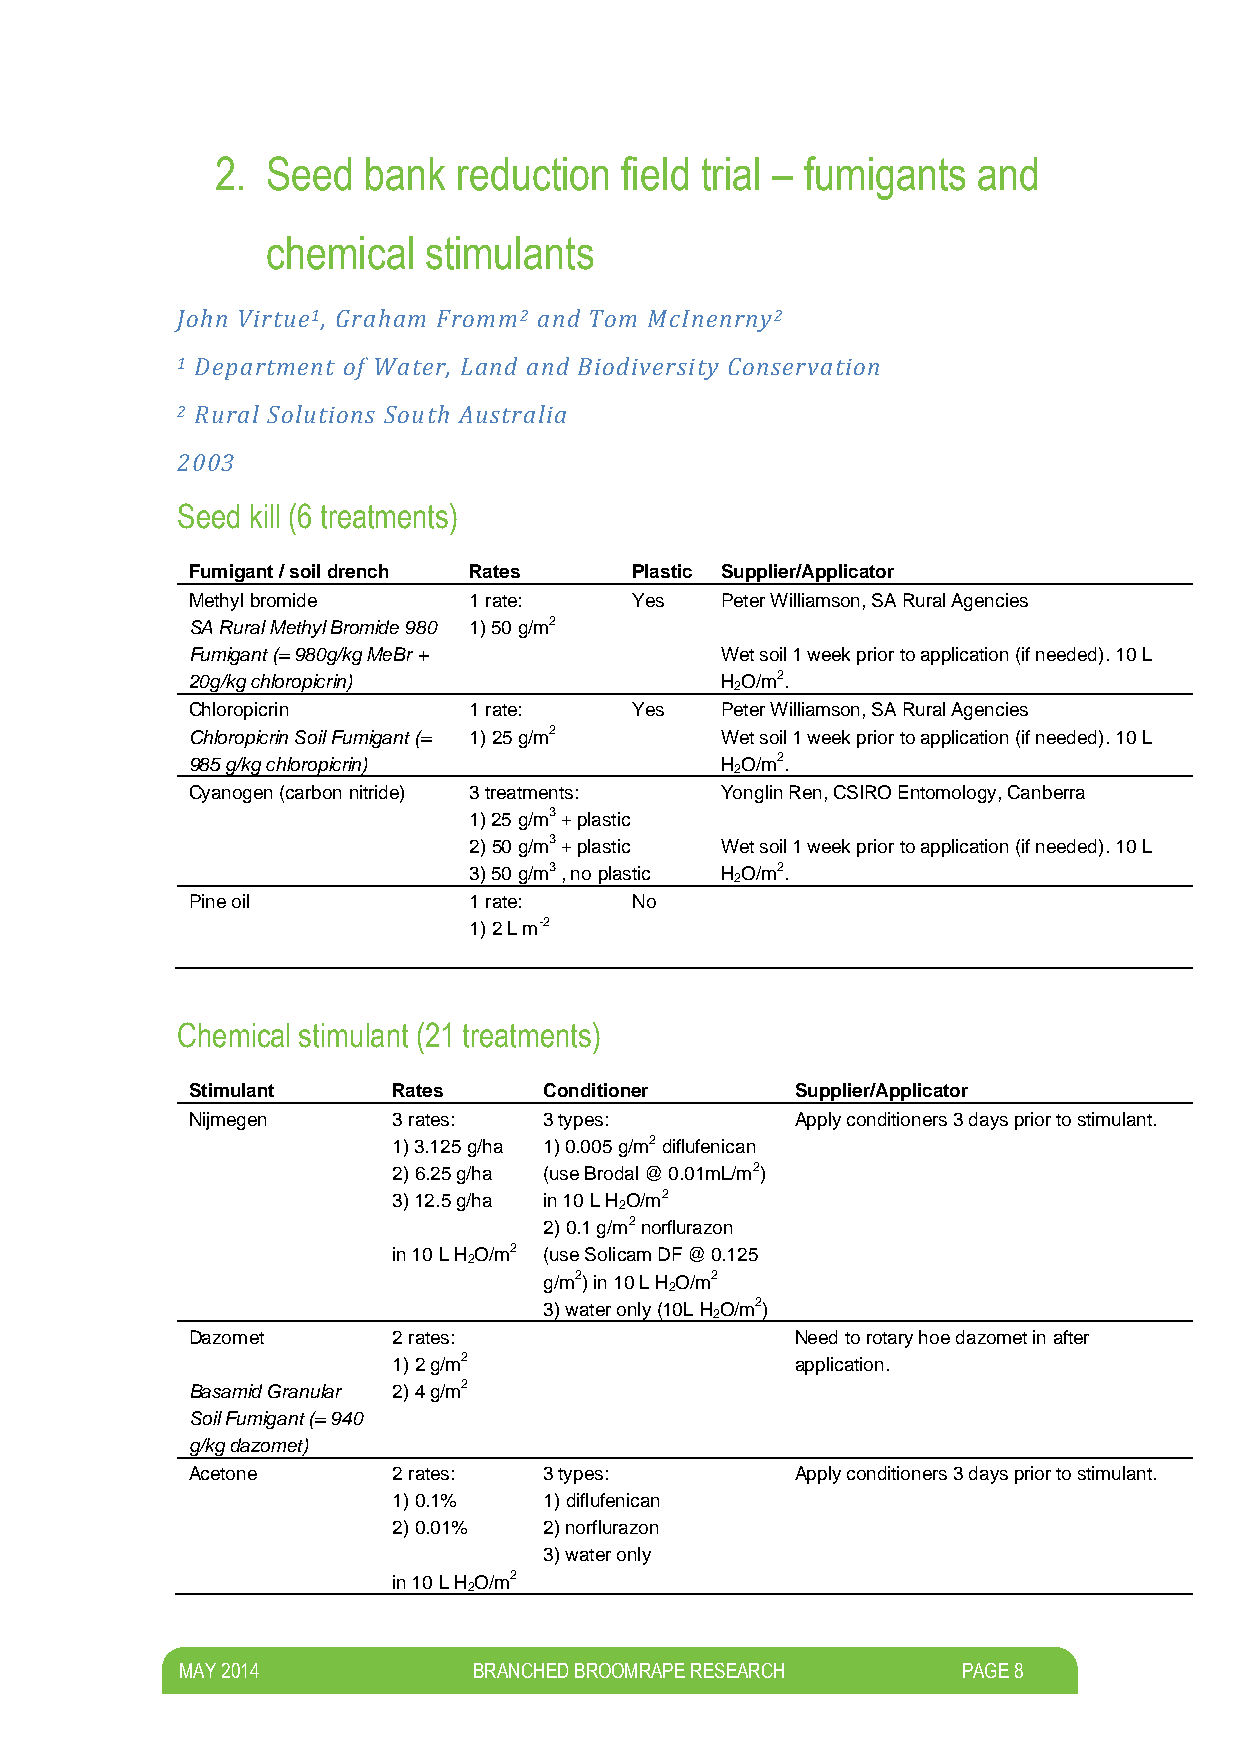
2.  Seed  bank  reduction  field trial – fumigants and
 chemical  stimulants
 John Virtue1, Graham Fromm2 and Tom McInenrny2
 1 Department of Water, Land and Biodiversity Conservation
 2 Rural Solutions South Australia
 2003
 Seed kill (6 treatments)
 Fumigant / soil drench Rates  Plastic Supplier/Applicator
 Methyl bromide     1 rate:    Yes   Peter Williamson, SA Rural Agencies
 SA Rural Methyl Bromide 980 1) 50 g/m2
 Fumigant (= 980g/kg MeBr +          Wet soil 1 week prior to application (if needed). 10 L
 20g/kg chloropicrin)                H O/m2.
 2
 Chloropicrin       1 rate:    Yes   Peter Williamson, SA Rural Agencies
 Chloropicrin Soil Fumigant (= 1) 25 g/m2 Wet soil 1 week prior to application (if needed). 10 L
 985 g/kg chloropicrin)              H O/m2.
 2
 Cyanogen (carbon nitride) 3 treatments: Yonglin Ren, CSIRO Entomology, Canberra
 1) 25 g/m3 + plastic
 2) 50 g/m3 + plastic Wet soil 1 week prior to application (if needed). 10 L
 3) 50 g/m3 , no plastic H O/m2.
 2
 Pine oil           1 rate:    No
 1) 2 L m-2
 Chemical stimulant (21 treatments)
 Stimulant     Rates     Conditioner      Supplier/Applicator
 Nijmegen      3 rates:  3 types:         Apply conditioners 3 days prior to stimulant.
 1) 3.125 g/ha 1) 0.005 g/m2 diflufenican
 2) 6.25 g/ha (use Brodal @ 0.01mL/m2)
 3) 12.5 g/ha in 10 L H O/m2
 2
 2) 0.1 g/m2 norflurazon
 in 10 L H O/m2 (use Solicam DF @ 0.125
 2
 g/m2) in 10 L H O/m2
 2
 3) water only (10L H O/m2)
 2
 Dazomet       2 rates:                   Need to rotary hoe dazomet in after
 1) 2 g/m2                  application.
 Basamid Granular 2) 4 g/m2
 Soil Fumigant (= 940
 g/kg dazomet)
 Acetone       2 rates:  3 types:         Apply conditioners 3 days prior to stimulant.
 1) 0.1%   1) diflufenican
 2) 0.01%  2) norflurazon
 3) water only
 in 10 L H O/m2
 2
 M AY 2014          BRANCHED BROOMRAPE RESEARCH      PAGE 8